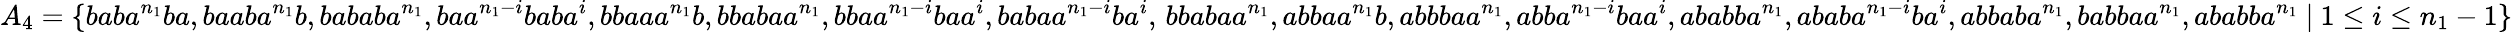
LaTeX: A_{4}=\{ baba^{n_{1}}ba,baaba^{n_{1}}b,bababa^{n_{1}},baa^{n_{1}-i}baba^{i},bbaaa^{n_{1}}b,bbabaa^{n_{1}},bbaa^{n_{1}-i}baa^{i},babaa^{n_{1}-i}ba^{i},\, bbabaa^{n_{1}},abbaa^{n_{1}}b,abbbaa^{n_{1}},abba^{n_{1}-i}baa^{i},ababba^{n_{1}},ababa^{n_{1}-i}ba^{i},abbaba^{n_{1}},babbaa^{n_{1}},ababba^{n_{1}}~|~1\leq i\leq n_{1}-1\}